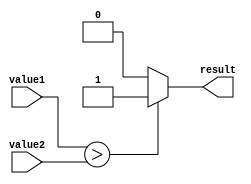
module Comparator (
    input [7:0] value1,
    input [7:0] value2,
    output reg result // 1 if value1 > value2, 0 if value1 < value2, 2 if value1 = value2
);

always @ (value1, value2)
begin
    if (value1 > value2)
        result <= 1;
    else if (value1 < value2)
        result <= 0;
    else
        result <= 2;
end

endmodule